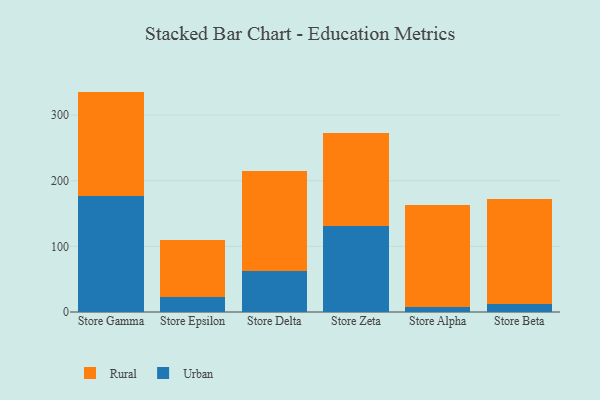
{"axis": {"x": "Store", "y": "Energy Usage (MWh)"}, "legend": ["Rural", "Urban"], "data": [{"x": "Store Gamma", "y": 176.5, "type": "Urban"}, {"x": "Store Gamma", "y": 159.3, "type": "Rural"}, {"x": "Store Epsilon", "y": 22.2, "type": "Urban"}, {"x": "Store Epsilon", "y": 88.0, "type": "Rural"}, {"x": "Store Delta", "y": 62.3, "type": "Urban"}, {"x": "Store Delta", "y": 151.9, "type": "Rural"}, {"x": "Store Zeta", "y": 131.2, "type": "Urban"}, {"x": "Store Zeta", "y": 140.8, "type": "Rural"}, {"x": "Store Alpha", "y": 7.5, "type": "Urban"}, {"x": "Store Alpha", "y": 155.8, "type": "Rural"}, {"x": "Store Beta", "y": 12.9, "type": "Urban"}, {"x": "Store Beta", "y": 159.9, "type": "Rural"}]}